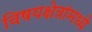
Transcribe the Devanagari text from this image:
विषयक्षेत्रांमध्ये